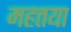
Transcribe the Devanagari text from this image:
महत्तया